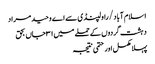
اسلام آباد/ راولپنڈی سے اے وحید مراد
دہشت گردوں کے حملے میں ۳۱ جاں بحق
پہلا مکمل اور حتمی نتیجہ